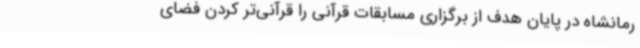
رمانشاه در پایان هدف از برگزاری مسابقات قرآنی را قرآنی‌تر کردن فضای